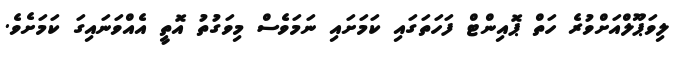
ލިވަޕޫލްއަށްވުރެ ހަތް ޕޮއިންޓް ފަހަތަގައި ކަމަށައި ނަމަވެސް މިވަގުތު އޮތީ އެއްވަނައިގަ ކަމަށެވެ.